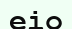
еіо